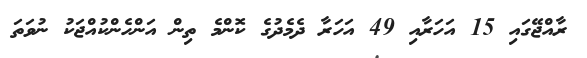
ރާއްޖޭގައި 15 އަހަރާއި 49 އަހަރާ ދެމެދުގެ ކޮންމެ ތިން އަންހެންކުއްޖަކު ނުވަތަ